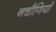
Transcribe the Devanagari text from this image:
नचौणियाँ